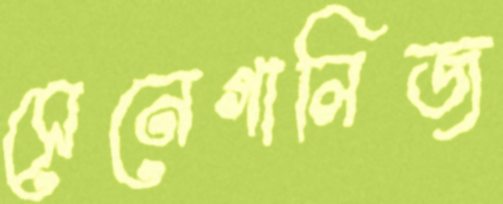
সেনেগালিজ